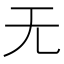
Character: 无